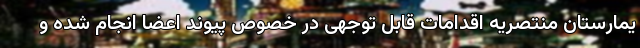
یمارستان منتصریه اقدامات قابل توجهی در خصوص پیوند اعضا انجام شده و